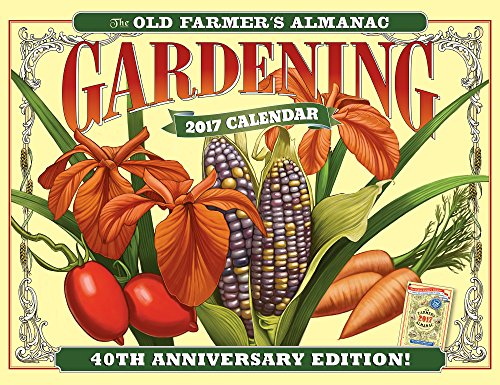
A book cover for The Old Farmer's Almanac 2017 Gardening Calendar; Old FarmerEEs Almanac; Calendars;